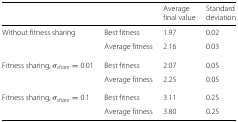
<table><thead><tr><td colspan="2"></td><td><b>Average</b></td><td><b>Standard</b></td></tr><tr><td colspan="2"></td><td><b>final value</b></td><td><b>deviation</b></td></tr></thead><tbody><tr><td>Without fitness sharing</td><td>Best fitness</td><td>1.97</td><td>0.02</td></tr><tr><td></td><td>Average fitness</td><td>2.16</td><td>0.03</td></tr><tr><td>Fitness sharing, <i>σ</i><sub><i>share</i></sub>=0.01</td><td>Best fitness</td><td>2.07</td><td>0.05</td></tr><tr><td></td><td>Average fitness</td><td>2.25</td><td>0.05</td></tr><tr><td>Fitness sharing, <i>σ</i><sub><i>share</i></sub>=0.1</td><td>Best fitness</td><td>3.11</td><td>0.25</td></tr><tr><td></td><td>Average fitness</td><td>3.80</td><td>0.25</td></tr></tbody></table>